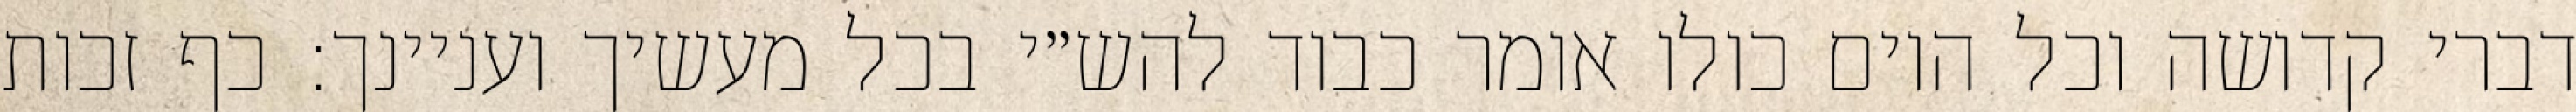
דברי קדושה וכל היום כולו אומר כבוד להש״י בכל מעשיך ועניינך: כף זכות